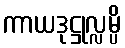
ကာယဒုဋ္ဌုလ္လမ္ပိ